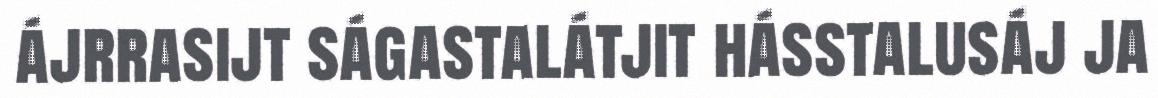
ájrrasijt ságastalátjit hásstalusáj ja